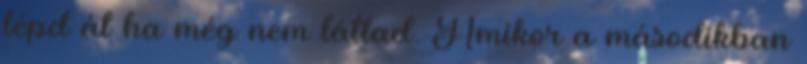
lépd át ha még nem láttad. Amikor a másodikban